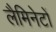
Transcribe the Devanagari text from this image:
लैमिनेटों